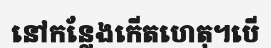
នៅកន្លែងកើតហេតុ។បើ